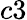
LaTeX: c3